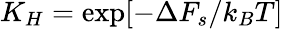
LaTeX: K_{H}=\exp[-\Delta F_{s}/k_{B}T]